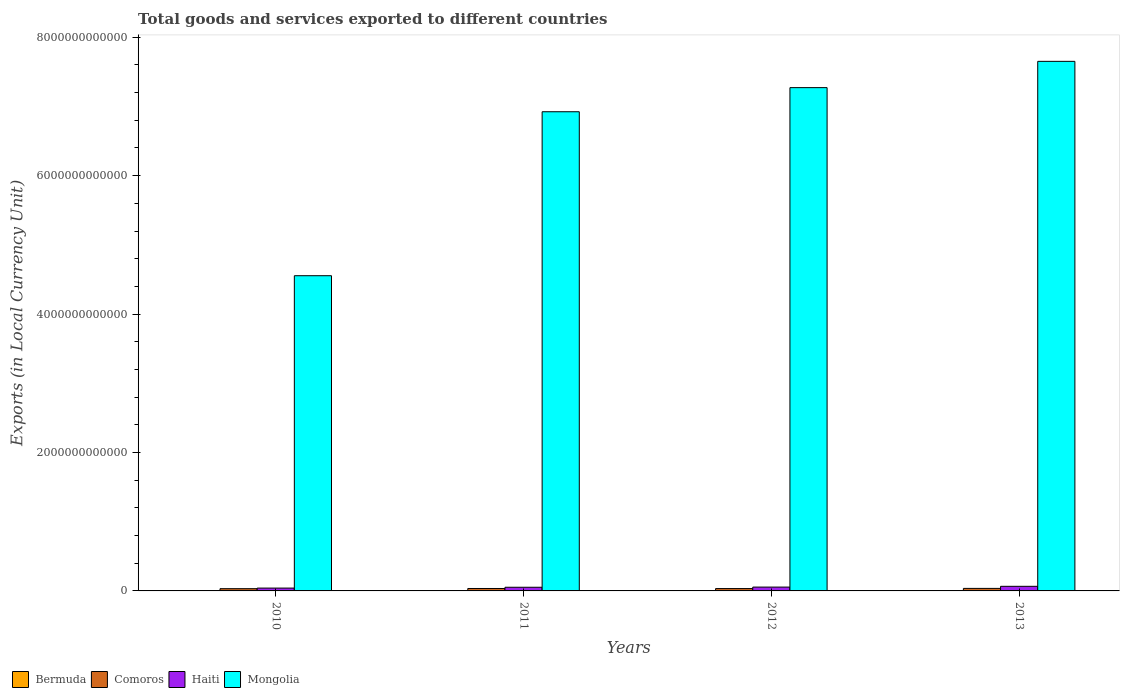
| Years | Bermuda | Comoros | Haiti | Mongolia |
 | --- | --- | --- | --- | --- |
 | 2010 | 2.7e+09 | 3.25e+10 | 4.1e+10 | 4.55e+12 |
 | 2011 | 2.64e+09 | 3.5e+10 | 5.28e+10 | 6.92e+12 |
 | 2012 | 2.59e+09 | 3.4e+10 | 5.55e+10 | 7.27e+12 |
 | 2013 | 2.66e+09 | 3.64e+10 | 6.65e+10 | 7.65e+12 |